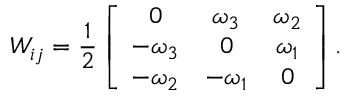
W _ { i j } = \frac 1 2 \left[ \begin{array} { c c c } { 0 } & { \omega _ { 3 } } & { \omega _ { 2 } } \\ { - \omega _ { 3 } } & { 0 } & { \omega _ { 1 } } \\ { - \omega _ { 2 } } & { - \omega _ { 1 } } & { 0 } \end{array} \right] .